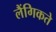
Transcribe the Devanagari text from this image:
लैंगिकते